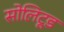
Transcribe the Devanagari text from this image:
सोलिटूड